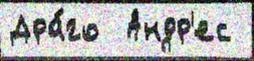
Дра́го  Андр'ес